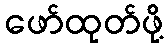
ဖော်ထုတ်ဖို့